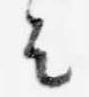
者